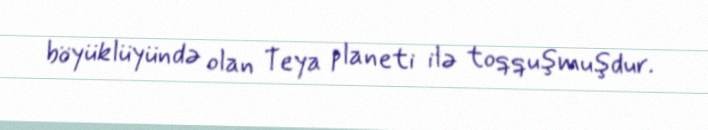
böyüklüyündə olan Teya planeti ilə toqquşmuşdur.